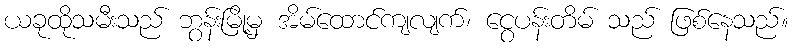
ယခုထိုသမီးသည် ဘွန်းမြို့မှ အိမ်ထောင်ကျလျက်၊ ငွေပန်းတိမ် သည် ဖြစ်နေသည်။